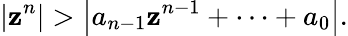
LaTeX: \left|\mathbf{z}^{n}\right|>\left|a_{n-1}\mathbf{z}^{n-1}+\cdots+a_{0}\right|.